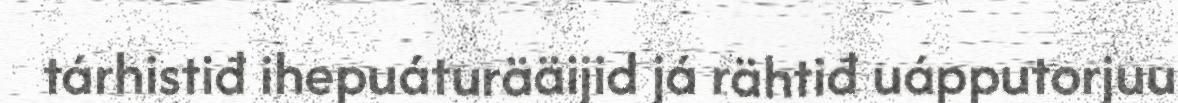
tárhistiđ ihepuáturääijid já rähtiđ uápputorjuu